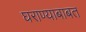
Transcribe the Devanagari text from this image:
घराण्याबाबत